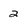
Character: 2